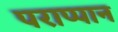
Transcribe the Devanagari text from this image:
पराप्पान